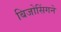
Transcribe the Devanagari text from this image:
बिजोसिंगने